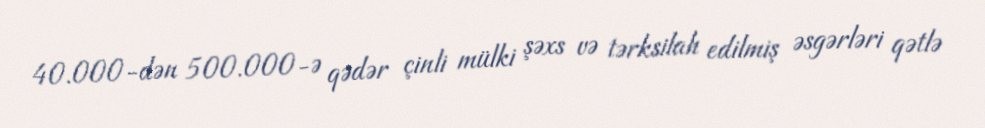
40.000-dən 500.000-ə qədər çinli mülki şəxs və tərksilah edilmiş əsgərləri qətlə